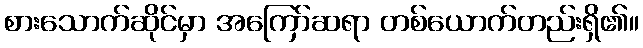
စားသောက်ဆိုင်မှာ အကြော်ဆရာ တစ်ယောက်တည်းရှိ၏။